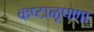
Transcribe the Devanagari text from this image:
कष्टाळूपणा